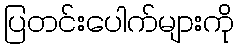
ပြတင်းပေါက်များကို